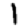
Digit: 1